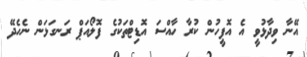
އޭނާ ވިދާޅުވީ އެ އޮފީހުން ކުރާ ހާއްސަ އޮޑިޓްތަކުގެ ފޮލޯއަޕް ރަނގަޅަން ނެހެދޭ